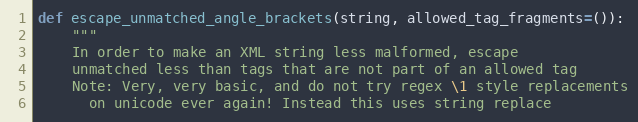
Language: Python
def escape_unmatched_angle_brackets(string, allowed_tag_fragments=()):
    """
    In order to make an XML string less malformed, escape
    unmatched less than tags that are not part of an allowed tag
    Note: Very, very basic, and do not try regex \1 style replacements
      on unicode ever again! Instead this uses string replace